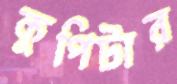
কুপিটার